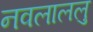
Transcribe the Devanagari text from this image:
नवलाललु